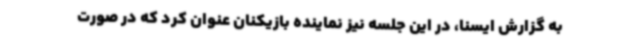
به گزارش ایسنا، در این جلسه نیز نماینده بازیکنان عنوان کرد که در صورت